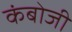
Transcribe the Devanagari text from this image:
कंबोजी